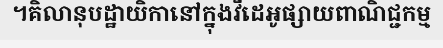
។គិលានុបដ្ឋាយិកានៅក្នុងវីដេអូផ្សាយពាណិជ្ជកម្ម